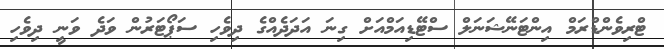
ޓްރިވެންޑްރަމް އިންޓަނޭޝަނަލް ސްޓޭޑިއަމްއަށް ގިނަ އަދަދެއްގެ ދިވެހި ސަޕޯޓަރުން ވަދެ ވަނީ ދިވެހި